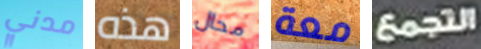
مدني هذه محال معة التجمع